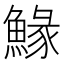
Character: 䱲